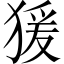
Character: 猨